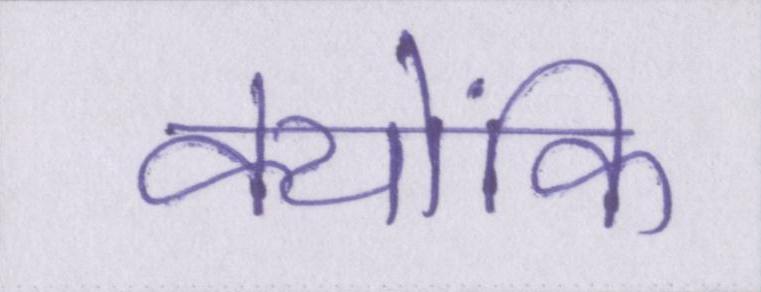
क्योंकि